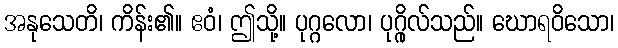
အနုသေတိ၊ ကိန်း၏။ ဧဝံ၊ ဤသို့။ ပုဂ္ဂလော၊ ပုဂ္ဂိုလ်သည်။ ဃောရဝိသော၊